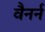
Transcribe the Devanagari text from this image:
वैनर्न